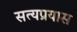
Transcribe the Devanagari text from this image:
सत्यप्रयास